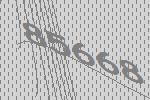
85668